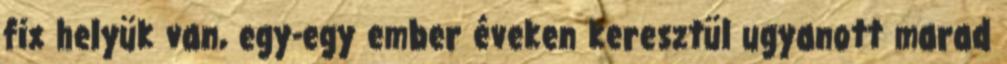
fix helyük van, egy-egy ember éveken keresztül ugyanott marad